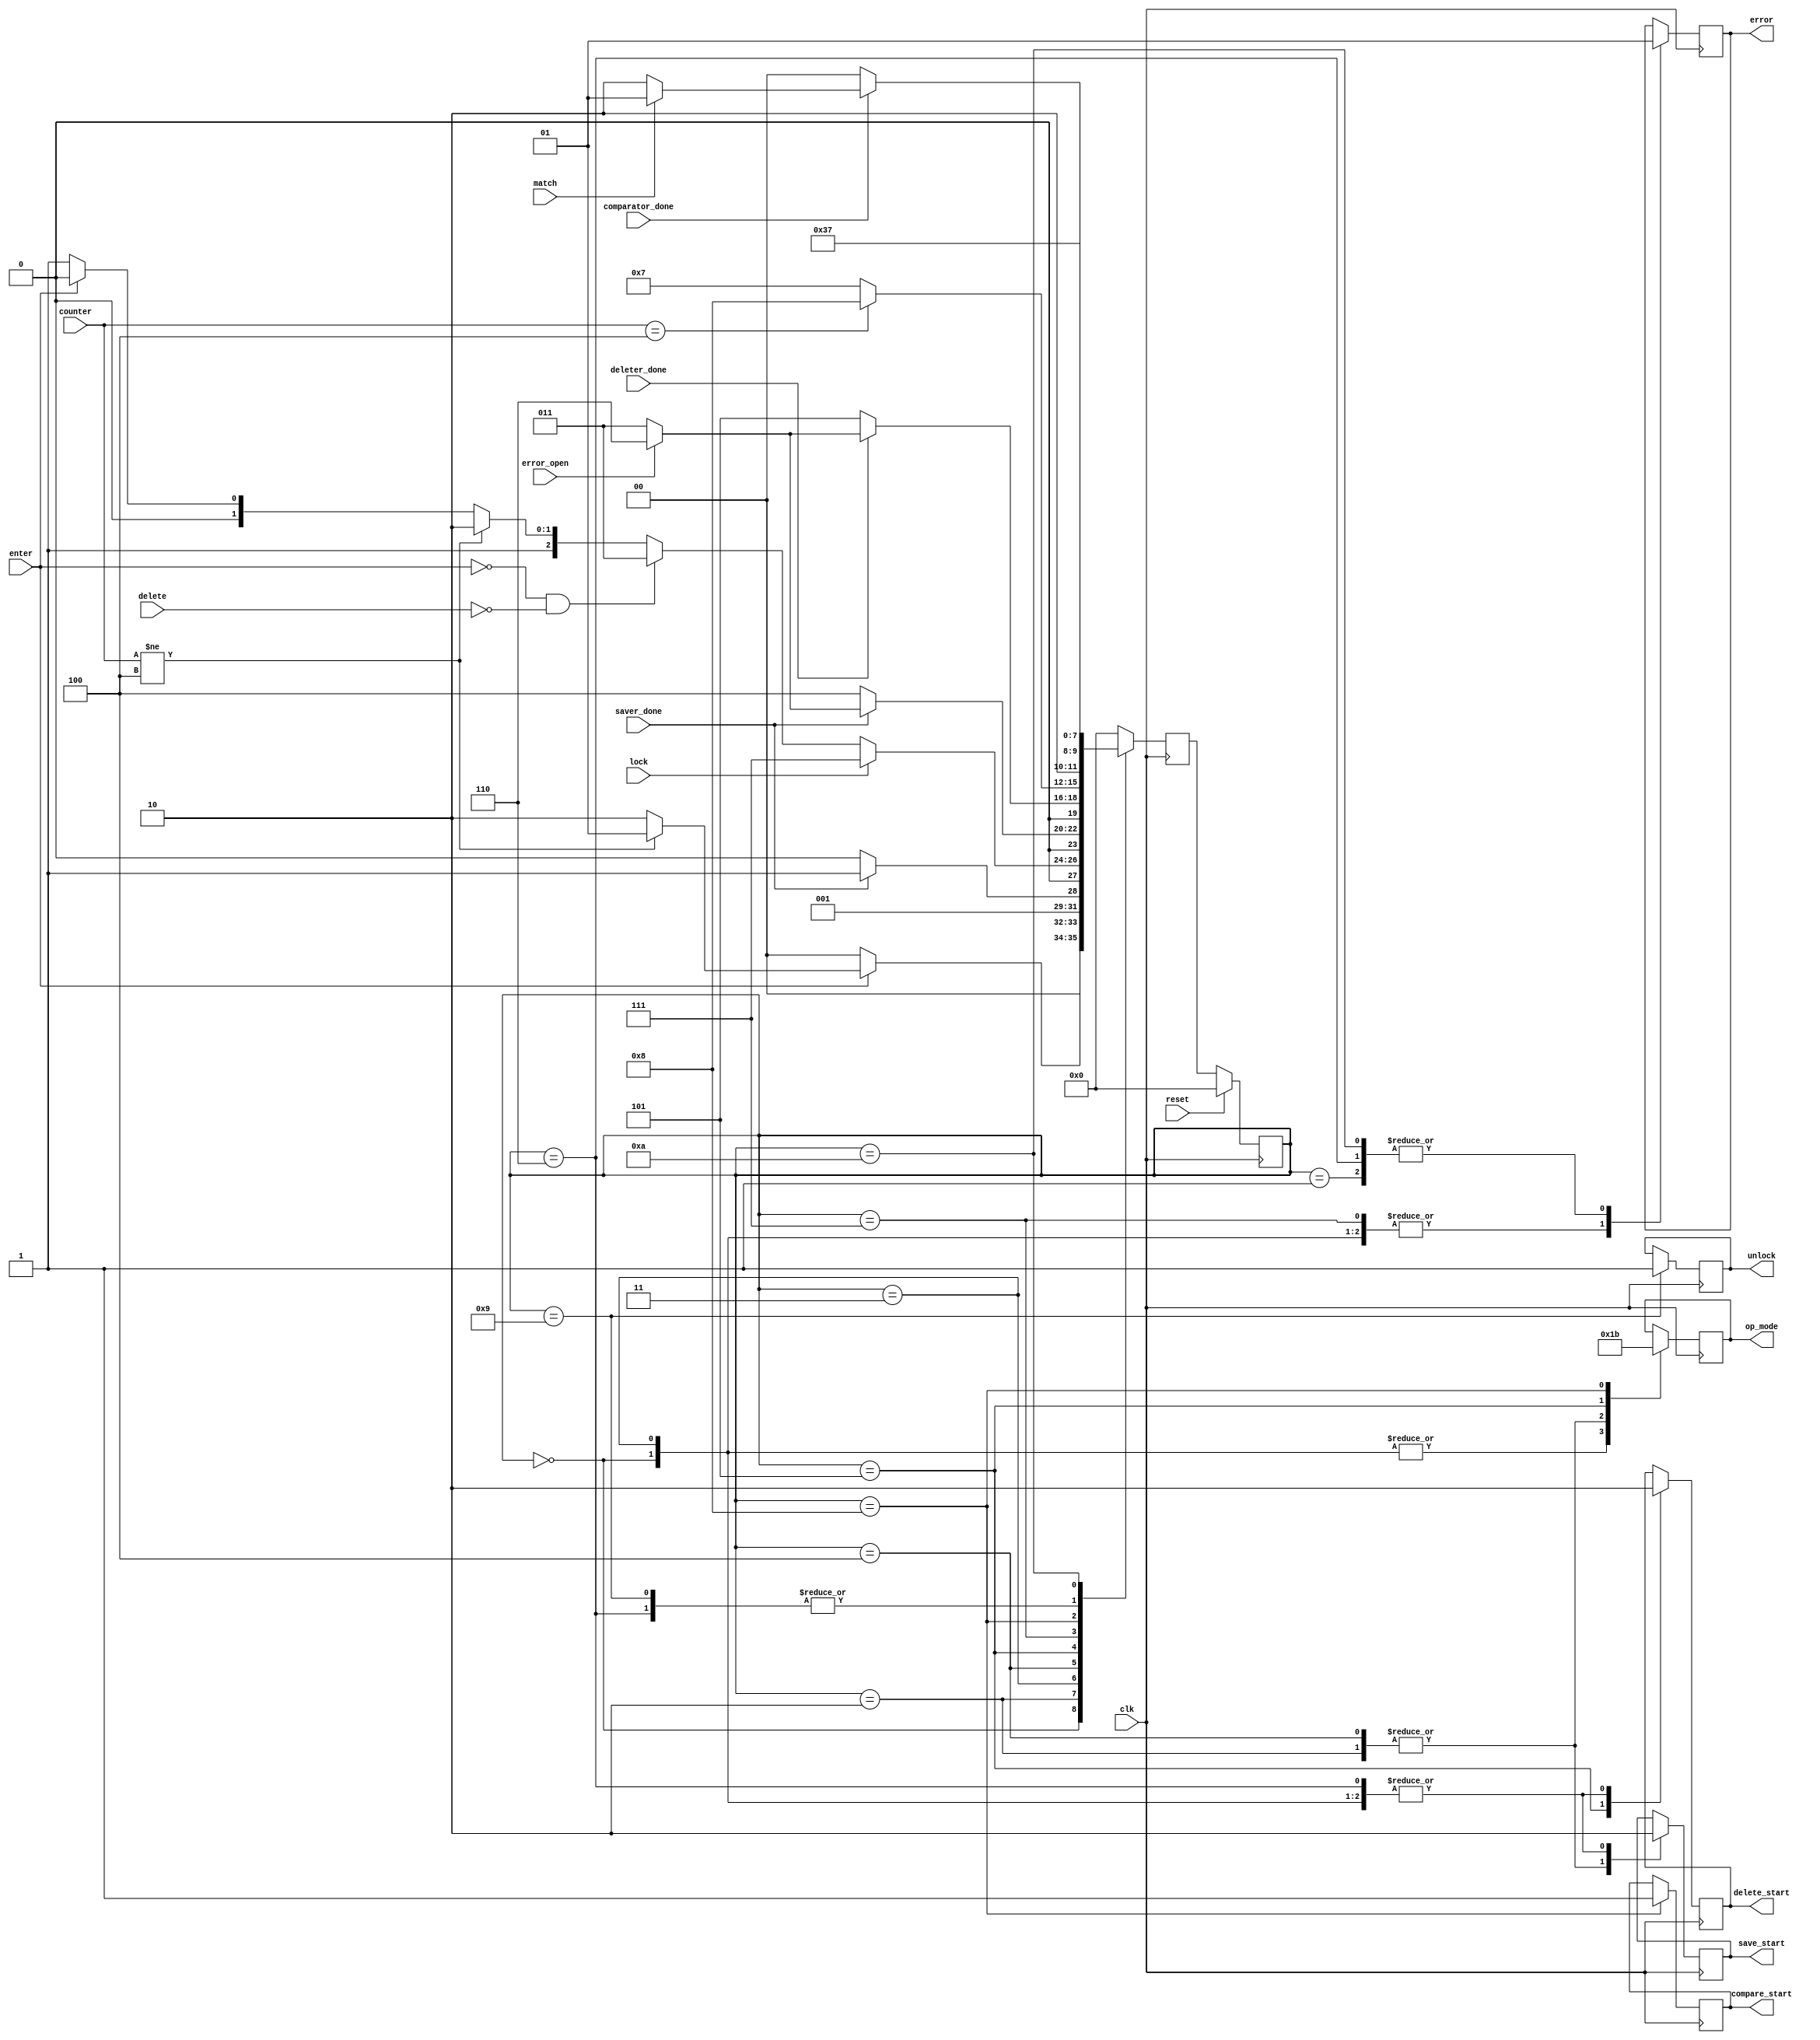
module controller (

	input clk,
	input reset,
	input enter,
	input delete,
	input lock,
	input [2:0]counter,
	input saver_done,
	input deleter_done,
	input error_open,
	input comparator_done,
	input match,

	output reg save_start,
	output reg delete_start,
	output reg compare_start,
	output reg [1:0] op_mode,  // 0 means standby, 1 means saver, 2 means deleter, 3 means comparator
	output reg unlock,
	output reg error

);

	parameter IDLE = 4'd0,
			  ERROR_INIT = 4'd1,
			  SAVE_INIT = 4'd2,
			  OPEN = 4'd3,
			  SAVE = 4'd4,
			  DELETE = 4'd5,
			  ERROR_OPEN = 4'd6,
			  LOCKED = 4'd7,
			  COMPARE = 4'd8,
			  UNLOCK = 4'd9,
			  ERROR_LOCK = 4'd10;

	reg [3:0]current_state, next_state;

	always @(posedge clk) begin
		if(reset)
			current_state <= 0;
		else
			current_state <= next_state;
	end

	always @(negedge clk) begin
		case(current_state)
		//state 0
		IDLE: begin
			  error <= 0;
			  save_start <= 0;
			  delete_start <= 0;		//initialize
			  op_mode <= 0;
			  if (!enter)
			  	next_state <= IDLE;
			  else 
			  	next_state <= (counter != 3'd4) ? ERROR_INIT : SAVE_INIT;
			  end
        //state 1
		ERROR_INIT: begin
					error <= 1;
					next_state <= IDLE;
				    end
        //state 2
		SAVE_INIT: begin
				   save_start <= 1;
				   op_mode <= 1;
				   next_state <= (saver_done) ? OPEN : SAVE_INIT;
				   end
        //state 3
		OPEN: begin
			  error <= 0;
			  save_start <= 0;
			  delete_start <= 0;
			  op_mode <= 0;
			  if (lock)
			  	next_state <= LOCKED;
			  else begin
				if (!enter && !delete)
			  		next_state <= OPEN;
			  	else if (counter != 4'd4)
			  		next_state <= ERROR_OPEN;
			  	else
			  		next_state <= (enter) ? SAVE : DELETE;
			  end
			  end
        //state 4
		SAVE: begin
			  save_start <= 1;
			  op_mode <= 1;
			  if (!saver_done)
			  	next_state <= SAVE;
			  else 
			  	next_state <= (!error_open) ? OPEN : ERROR_OPEN;
			  end
        //state 5
		DELETE: begin
			    delete_start <= 1;
			    op_mode <= 2'd2;
				if (!deleter_done)
					next_state <= DELETE;
				else
					next_state <= (!error_open) ? OPEN : ERROR_OPEN;
				end
        //state 6
		ERROR_OPEN: begin
		        save_start <= 0;
		        delete_start <= 0;
				error <= 1;
				next_state <= OPEN;
			    end
        //state 7
		LOCKED: begin
				error <= 0;
				next_state <= (counter == 4'd4) ? COMPARE : LOCKED;
				end
        //state 8
		COMPARE: begin
				 compare_start <= 1;
				 op_mode <= 2'd3;
				 if (!comparator_done)
				 	next_state <= COMPARE;
				 else
				 	next_state <= (match) ? UNLOCK : ERROR_LOCK;
				 end
        //state 9
		UNLOCK: begin
				unlock <= 1;
				next_state <= OPEN;
			    end
        //state 10
		ERROR_LOCK: begin
					error <= 1;
					next_state <= LOCKED;
				    end
		default: next_state <= IDLE;
		endcase
	end

endmodule